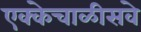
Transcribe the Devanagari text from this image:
एक्केचाळीसवे